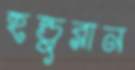
হন্ডুরান